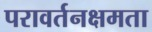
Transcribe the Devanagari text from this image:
परावर्तनक्षमता